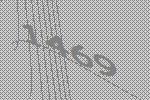
1469